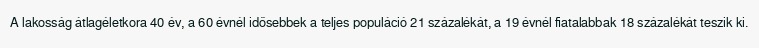
A lakosság átlagéletkora 40 év, a 60 évnél idősebbek a teljes populáció 21 százalékát, a 19 évnél fiatalabbak 18 százalékát teszik ki.